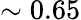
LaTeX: \sim 0.65